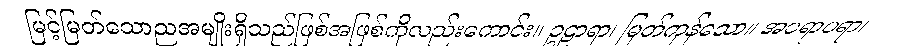
မြင့်မြတ်သောညအမျိုးရှိသည်ဖြစ်အဖြစ်ကိုလည်းကောင်း။ ဥဠာရာ၊ မြတ်ကုန်သော။ အပရာပရာ၊